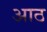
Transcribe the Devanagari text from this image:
अाठ